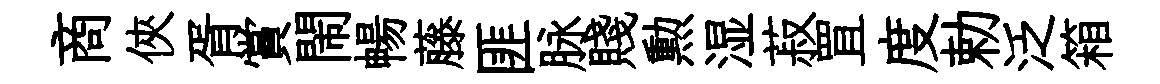
商俠胥賞閙暢藤匪脉賤勲湿菽罝度勅泛箱